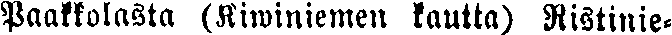
Paakkolasta (Kiwiniemen kautta) Ristinie-